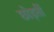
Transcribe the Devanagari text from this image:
छोड़तीं